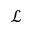
\mathcal { L }